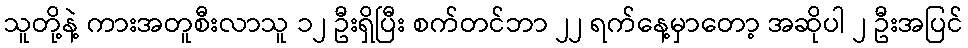
သူတို့နဲ့ ကားအတူစီးလာသူ ၁၂ ဦးရှိပြီး စက်တင်ဘာ ၂၂ ရက်နေ့မှာတော့ အဆိုပါ ၂ ဦးအပြင်